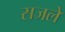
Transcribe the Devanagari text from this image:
सजले